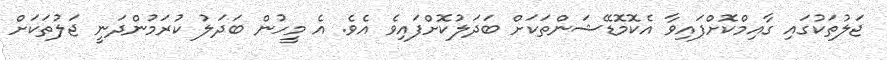
ޖަލުތަކުގައި ގާއިމްކޮށްފައިވާ އެކޮމޮޑޭޝަންތަކަށް ބަދަލުކޮށްފައިވެ އެވެ. އެ މީހުން ބަދަލު ކުރަމުންދަނީ ޖަލުތަކަށް